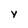
Character: y